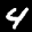
Label: 4